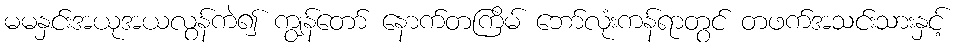
မမနှင်းအယုအယလွန်ကဲ၍ ကျွန်တော် နောက်တကြိမ် ဘော်လုံးကန်ရာတွင် တဖက်အသင်းသားနှင့်